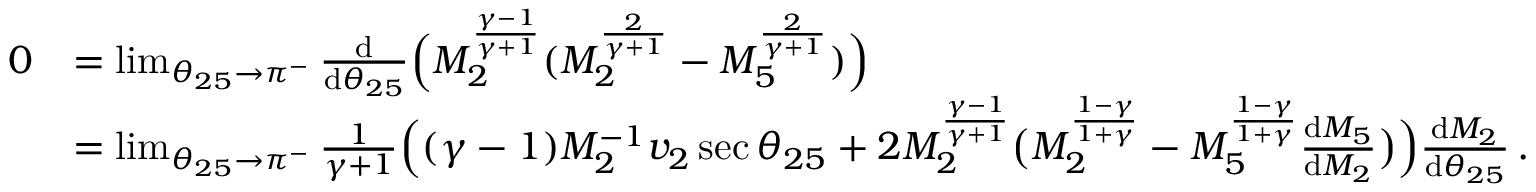
\begin{array} { r l } { 0 } & { = \operatorname* { l i m } _ { \theta _ { 2 5 } \to \pi ^ { - } } \frac { \mathrm { d } } { \mathrm { d } \theta _ { 2 5 } } \Big ( M _ { 2 } ^ { \frac { \gamma - 1 } { \gamma + 1 } } ( M _ { 2 } ^ { \frac { 2 } { \gamma + 1 } } - M _ { 5 } ^ { \frac { 2 } { \gamma + 1 } } ) \Big ) } \\ & { = \operatorname* { l i m } _ { \theta _ { 2 5 } \to \pi ^ { - } } \frac { 1 } { \gamma + 1 } \Big ( ( \gamma - 1 ) M _ { 2 } ^ { - 1 } v _ { 2 } \sec { \theta _ { 2 5 } } + 2 M _ { 2 } ^ { \frac { \gamma - 1 } { \gamma + 1 } } \big ( M _ { 2 } ^ { \frac { 1 - \gamma } { 1 + \gamma } } - M _ { 5 } ^ { \frac { 1 - \gamma } { 1 + \gamma } } \frac { \mathrm { d } M _ { 5 } } { \mathrm { d } M _ { 2 } } \big ) \Big ) \frac { \mathrm { d } M _ { 2 } } { \mathrm { d } \theta _ { 2 5 } } \, . } \end{array}